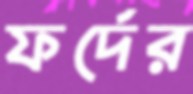
ফর্দের